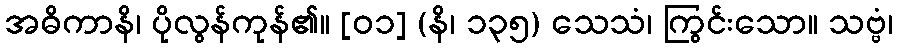
အဓိကာနိ၊ ပိုလွန်ကုန်၏။ [၀၁] (နိ၊ ၁၃၅) သေသံ၊ ကြွင်းသော။ သဗ္ဗံ၊